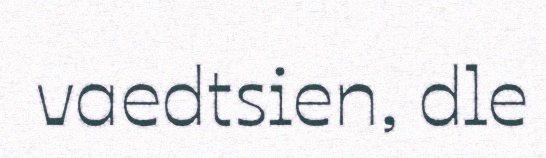
vaedtsien, dle